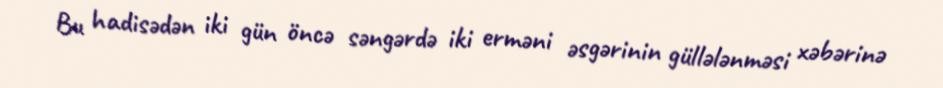
Bu hadisədən iki gün öncə səngərdə iki erməni əsgərinin güllələnməsi xəbərinə